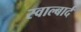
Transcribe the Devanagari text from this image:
स्वाल्बार्द